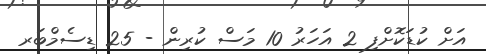
އަށް ކުޑަކޮށްފި 2 އަހަރު 10 މަސް ކުރިން - 25 ޑިސެމްބަރ